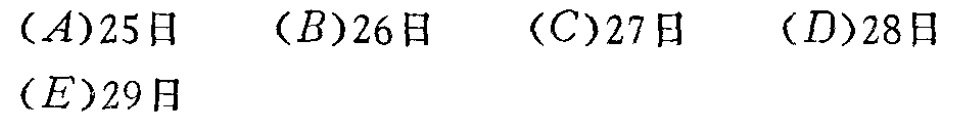
(A)25日  (B)26日  (C)27日  (D)28日  (E)29日